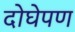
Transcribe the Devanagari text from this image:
दोघेपण